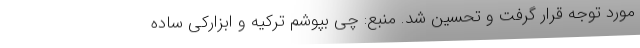
مورد توجه قرار گرفت و تحسین شد. منبع: چی بپوشم ترکیه و ابزارکی ساده